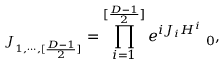
{ \bf \Phi } _ { J _ { 1 , \cdots , [ { \frac { D - 1 } { 2 } } ] } } = \prod _ { i = 1 } ^ { [ { \frac { D - 1 } { 2 } } ] } e ^ { { i J _ { i } H ^ { i } } } { \bf \Phi } _ { 0 } ,